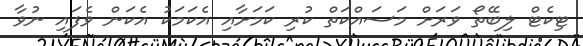
ޓިކެޓް ލިބޭތޯ ވަރަށް މަސައްކަތް ކުރި ކަމަށާއި އެކަމަކު އެކަން ވެފައި ނުވާ